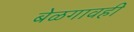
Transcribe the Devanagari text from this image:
बेळगावही